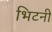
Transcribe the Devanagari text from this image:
भिटनी